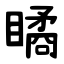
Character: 瞲